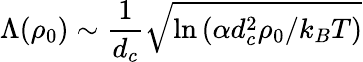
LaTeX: \Lambda(\rho_{0})\sim\frac{1}{d_{c}}\sqrt{\ln\left(\alpha d_{c}^{2}\rho_{0}/k_{B}T\right)}